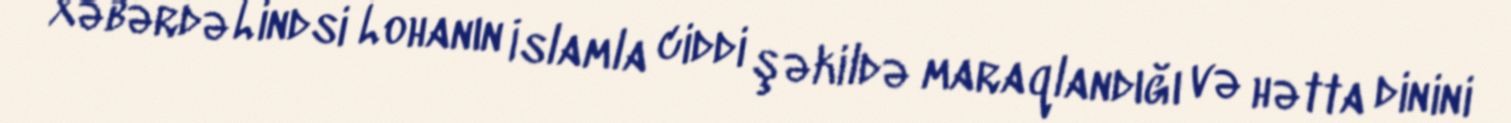
Xəbərdə Lindsi Lohanın İslamla ciddi şəkildə maraqlandığı və hətta dinini